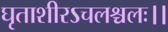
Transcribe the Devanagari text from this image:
घृताशीरऽचलश्चलः।।